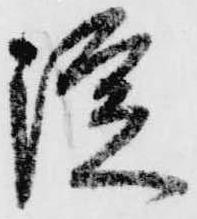
淀